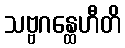
သဗ္ဗဂန္ထေဟီတိ